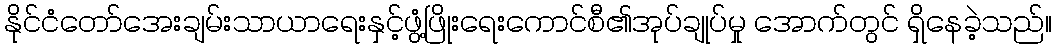
နိုင်ငံတော်အေးချမ်းသာယာရေးနှင့်ဖွံ့ဖြိုးရေးကောင်စီ၏အုပ်ချုပ်မှု အောက်တွင် ရှိနေခဲ့သည်။